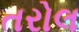
તરોલ